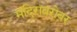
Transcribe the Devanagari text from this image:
मंदिराबरोबर